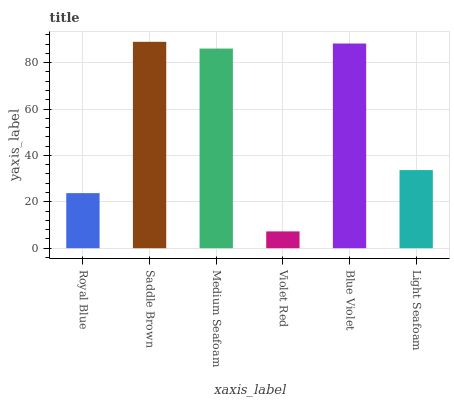
| xaxis_label | bars |
 | --- | --- |
 | Royal Blue | 23.7 |
 | Saddle Brown | 89 |
 | Medium Seafoam | 86.1 |
 | Violet Red | 7.24 |
 | Blue Violet | 88.2 |
 | Light Seafoam | 33.7 |